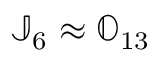
{ \mathbb J } _ { 6 } \approx { \mathbb O } _ { 1 3 }